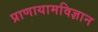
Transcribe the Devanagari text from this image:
प्राणायामविज्ञान